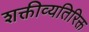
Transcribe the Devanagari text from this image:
शक्तीव्यतिरिक्त